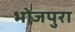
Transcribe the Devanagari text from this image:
भोजपुरा